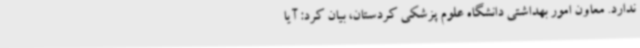
ندارد. معاون امور بهداشتی دانشگاه علوم پزشکی کردستان، بیان کرد: آیا